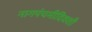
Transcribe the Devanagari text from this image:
नागपंचमीदिवशी